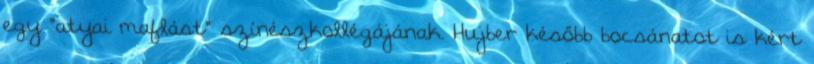
egy "atyai maflást" színészkollégájának. Hujber később bocsánatot is kért